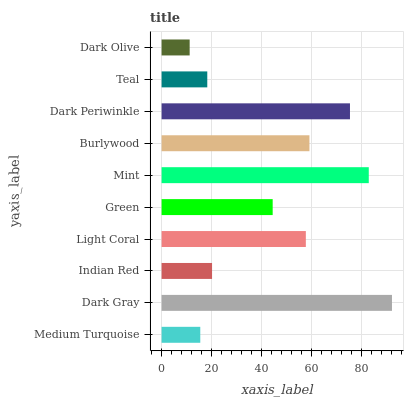
| yaxis_label | bars |
 | --- | --- |
 | Medium Turquoise | 15.5 |
 | Dark Gray | 92.2 |
 | Indian Red | 20.2 |
 | Light Coral | 57.7 |
 | Green | 44.5 |
 | Mint | 82.9 |
 | Burlywood | 59.2 |
 | Dark Periwinkle | 75.4 |
 | Teal | 18.3 |
 | Dark Olive | 11.2 |